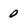
Character: 0